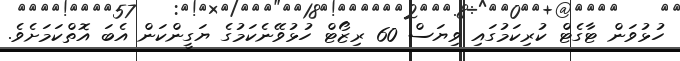
ހުޅުވަން ޓާގެޓް ކުރިކަމުގައި ވިޔަސް 60 ރިޒޯޓް ހުޅުވޭނެކަމުގެ ޔަގީންކަން އެބަ އޮތްކަމަށެވެ.